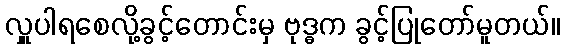
လှူပါရစေလို့ခွင့်တောင်းမှ ဗုဒ္ဓက ခွင့်ပြုတော်မူတယ်။